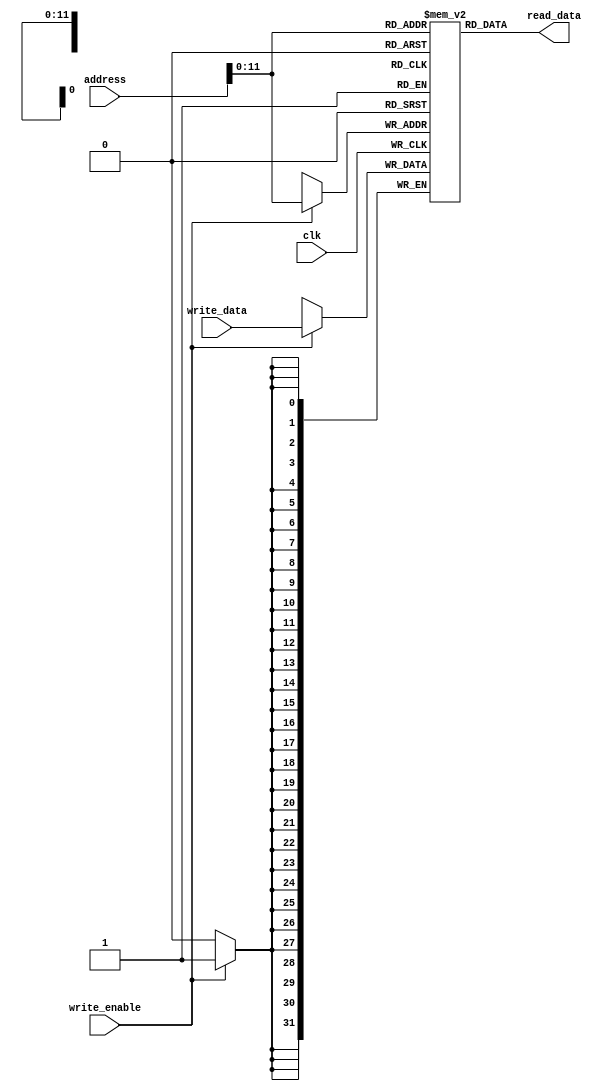
`timescale 1ns / 1ps
//////////////////////////////////////////////////////////////////////////////////
// Company: 
// Engineer: 
// 
// Design Name: 
// Module Name: Data_mem
// Project Name: 
// Target Devices: 
// Tool Versions: 
// Description: 
// 
// Dependencies: 
// 
// Revision:
// Revision 0.01 - File Created
// Additional Comments:
// 
//////////////////////////////////////////////////////////////////////////////////


module data_memory (
    input [31:0] address,
    input [31:0] write_data,
    input write_enable,
    input clk,
    output [31:0] read_data
);

reg [31:0] memory[0:4095];

initial
begin
memory[0] = 32'd2;
memory[1] = 32'd3;
memory[2] = 32'd5;
end

assign read_data = memory[address[11:0]];

always @(posedge clk) 
begin

    if (write_enable) 
        memory[address[11:0]] <= write_data;
   
    
end

endmodule